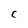
Character: C